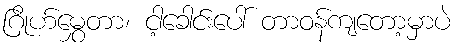
ဂြိုဟ်မွှေတာ၊ ငါ့ခေါင်းပေါ် တာဝန်ကျတော့မှာပဲ